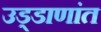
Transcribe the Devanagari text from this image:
उड्डाणांत